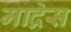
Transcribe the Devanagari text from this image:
माद्रेस